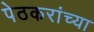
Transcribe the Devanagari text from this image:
पेठकरांच्या